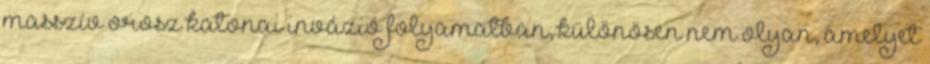
masszív orosz katonai invázió folyamatban, különösen nem olyan, amelyet